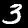
Digit: 3